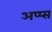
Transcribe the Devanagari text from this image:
अप्प्स